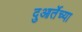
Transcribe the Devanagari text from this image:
दुआर्तेच्या